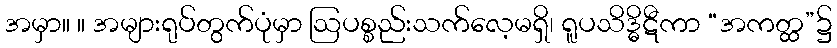
အမှာ။ ။ အများရုပ်တွက်ပုံမှာ ဩပစ္စည်းသက်လေ့မရှိ၊ ရူပသိဒ္ဓိဋီကာ “အကတ္ထ”၌